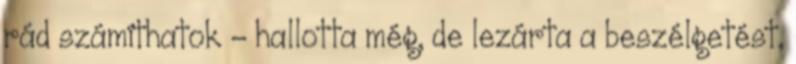
rád számíthatok - hallotta még, de lezárta a beszélgetést,